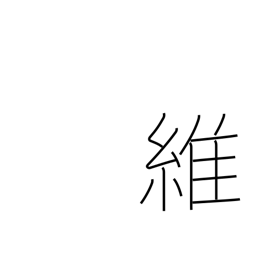
Meaning: rope